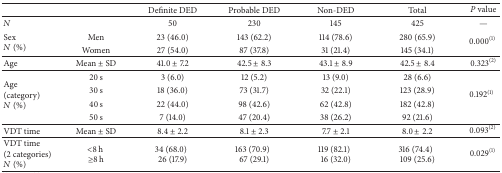
<table><thead><tr><td><b> </b></td><td><b> </b></td><td><b>Definite DED</b></td><td><b>Probable DED</b></td><td><b>Non-DED</b></td><td><b>Total</b></td><td><b><i>P</i> value</b></td></tr></thead><tbody><tr><td><i>N</i></td><td> </td><td>50</td><td>230</td><td>145</td><td>425</td><td>—</td></tr><tr><td rowspan="2">Sex <i>N</i> (%)</td><td>Men</td><td>23 (46.0)</td><td>143 (62.2)</td><td>114 (78.6)</td><td>280 (65.9)</td><td rowspan="2">0.000<sup>(1)</sup></td></tr><tr><td>Women</td><td>27 (54.0)</td><td>87 (37.8)</td><td>31 (21.4)</td><td>145 (34.1)</td></tr><tr><td>Age</td><td>Mean ± SD</td><td>41.0 ± 7.2</td><td>42.5 ± 8.3</td><td>43.1 ± 8.9</td><td>42.5 ± 8.4</td><td>0.323<sup>(2)</sup></td></tr><tr><td rowspan="4">Age (category)<i>N</i> (%)</td><td>20 s</td><td>3 (6.0)</td><td>12 (5.2)</td><td>13 (9.0)</td><td>28 (6.6)</td><td rowspan="4">0.192<sup>(1)</sup></td></tr><tr><td>30 s</td><td>18 (36.0)</td><td>73 (31.7)</td><td>32 (22.1)</td><td>123 (28.9)</td></tr><tr><td>40 s</td><td>22 (44.0)</td><td>98 (42.6)</td><td>62 (42.8)</td><td>182 (42.8)</td></tr><tr><td>50 s</td><td>7 (14.0)</td><td>47 (20.4)</td><td>38 (26.2)</td><td>92 (21.6)</td></tr><tr><td>VDT time</td><td>Mean ± SD</td><td>8.4 ± 2.2</td><td>8.1 ± 2.3</td><td>7.7 ± 2.1</td><td>8.0 ± 2.2</td><td>0.093<sup>(2)</sup></td></tr><tr><td>VDT time(2 categories)<i>N</i> (%)</td><td>&lt;8 h ≥8 h</td><td>34 (68.0)26 (17.9)</td><td>163 (70.9)67 (29.1)</td><td> 119 (82.1)16 (32.0)</td><td>316 (74.4)109 (25.6)</td><td>0.029<sup>(1)</sup></td></tr></tbody></table>